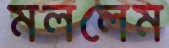
মললেম